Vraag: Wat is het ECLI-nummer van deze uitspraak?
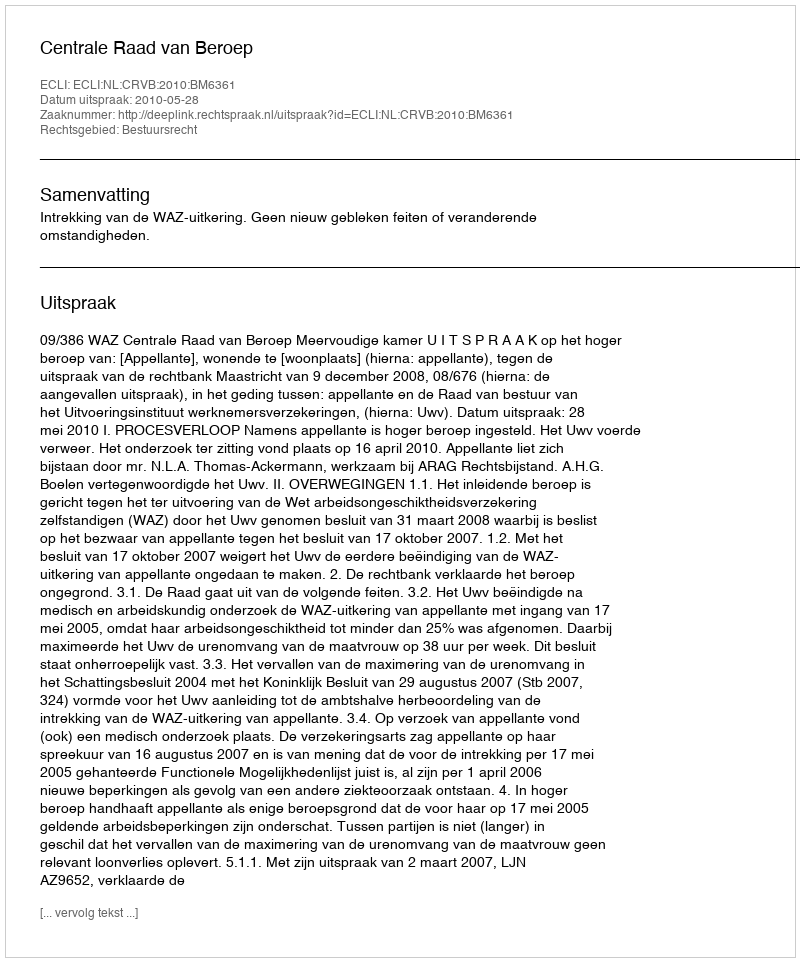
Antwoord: ECLI:NL:CRVB:2010:BM6361